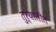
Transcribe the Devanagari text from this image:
तुर्यातीत